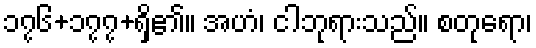
၁၇၆+၁၇၇+ရှိ၏။ အဟံ၊ ငါဘုရားသည်။ စတုရော၊